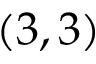
\left( 3 , 3 \right)